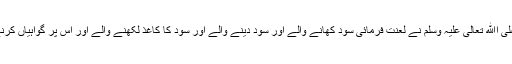
رسول اﷲ صلی اﷲ تعالٰی علیہ وسلم نے لعنت فرمائی سود کھانے والے اور سود دینے والے اور سود کا کاغذ لکھنے والے اور اس پر گواہیاں کرنے والوں پر ۔